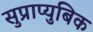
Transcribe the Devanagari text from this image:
सुप्राप्युबिक